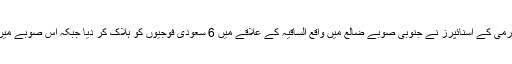
اتوار کے دن یمن آرمی کے اسنائپرز نے جنوبی صوبے ضالع میں واقع الساقیہ کے علاقے میں 6 سعودی فوجیوں کو ہلاک کر دیا جبکہ اس صوبے میں پیشقدمی بھی کی۔